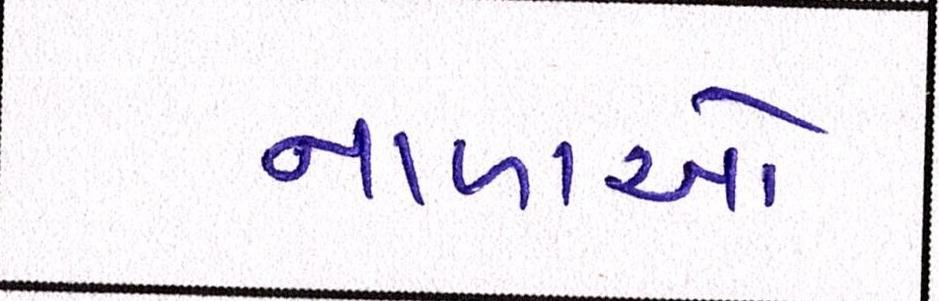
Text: નાળાઓ